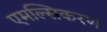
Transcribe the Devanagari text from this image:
एमल्सिकरण